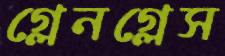
গ্লেনগ্লেস